Indian journal of veterinary science and animal husbandry - Volume 10,
Year: 1940
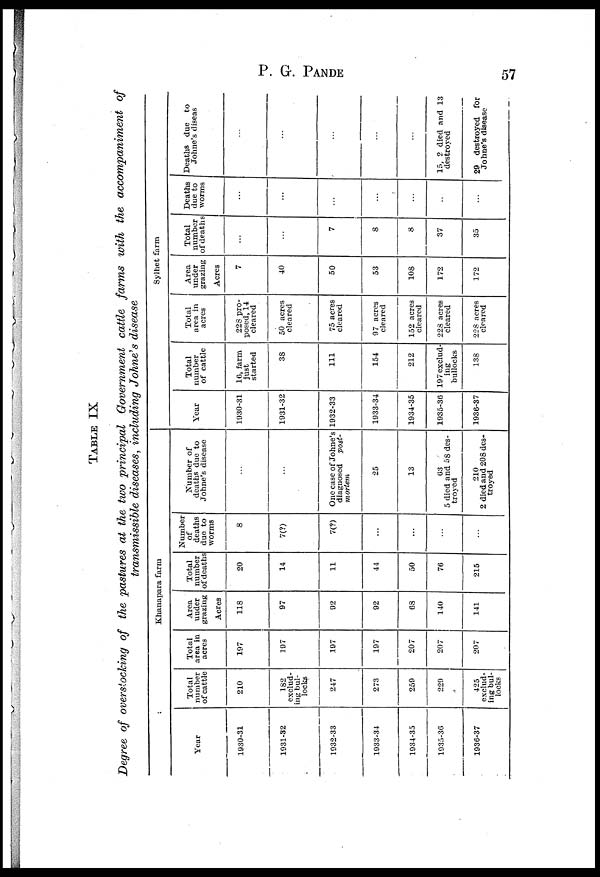
P. G.
PANDE
57
TABLE IX
Degree of overstocking of the pastures at the two principal Government cattle farms with the accompaniment of
transmissible diseases, including Johne's disease
Khanapara farm
Year
1930-31
1931-32
1932-33
1933-34
1934-35
1935-36
1936-37
Total
number
of cattle
210
182
exclud-
ing bul-
locks
247
273
259
229
425
exclud-
ing bul-
locks
Total
area in
acres
197
197
197
197
207
207
207
Area
under
grazing
Acres
118
97
92
92
68
140
141
Total
number
of deaths
20
14
11
44
50
76
215
Number
of
deaths
due to
worms
8
7(?)
7(?)
...
...
...
...
Number of
deaths due to
Johne's disease
...
...
One case of Johne's
diagnosed
post-
mortem
25
13
63
5 died and 58 des-
troyed
210
2 died and 208 des-
troyed
Sylhet farm
Year
1930-31
1931-32
1932-33
1933-34
1934-35
1935-36
1936-37
Total
number
of cattle
16, farm
just
started
38
111
154
212
197 exclud-
ing
bullocks
138
Total
area in
acres
228 pro-
posed, 14
cleared
50 acres
cleared
75 acres
cleared
97 acres
cleared
152 acres
cleared
228 acres
cleared
228 acres
cleared
Area
under
grazing
Acres
7
40
50
53
108
172
172
Total
Deaths
number
due to
of deaths worms
...
...
7
8
8
37
35
...
...
...
...
...
...
...
Deaths due to
Johne's diseas
...
...
...
...
...
15, 2 died and 13
destroyed
29 destroyed for
Johne's disease